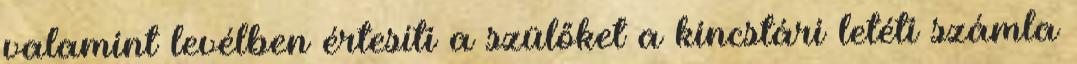
valamint levélben értesíti a szülőket a kincstári letéti számla